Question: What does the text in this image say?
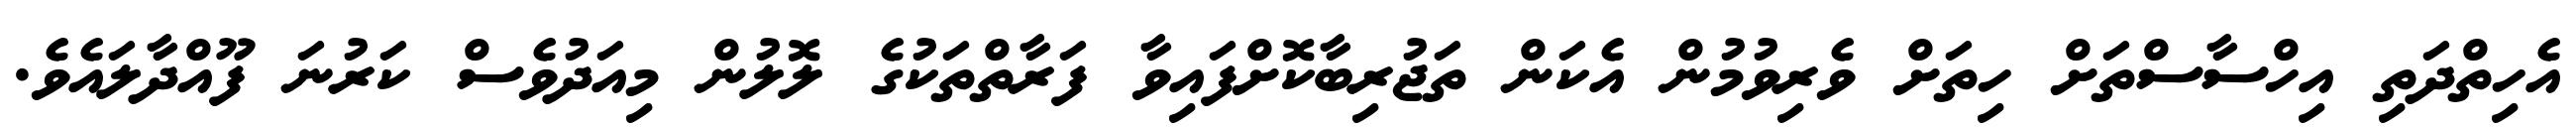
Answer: އެހިތްދަތި އިހްސާސްތަށް ހިތަށް ވެރިވުމުން އެކަން ތަޖުރިބާކޮށްފައިވާ ފަރާތްތަކުގެ ލޮލުން މިއަދުވެސް ކަރުނަ ފޫއްދާލައެވެ.